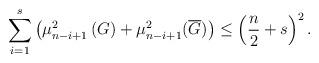
LaTeX: \begin{align*}{\displaystyle\sum\limits_{i=1}^{s}}\left( \mu_{n-i+1}^{2}\left( G\right) +\mu_{n-i+1}^{2}(\overline{G})\right) \leq\left( \frac{n}{2}+s\right) ^{2}. \end{align*}